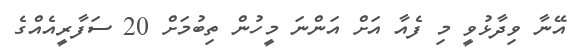
އޭނާ ވިދާޅުވީ މި ފެއާ އަށް އަންނަ މީހުން ތިބުމަށް 20 ސަފާރީއެއްގެ